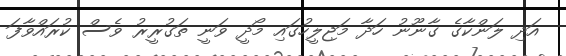
އަދި ލަންކާގެ ގާނޫނު ހަދާ މަޖިލީހުގައި މޯދީ ވަނީ ތަގުރީރު ވެސް ކުރައްވާފަ